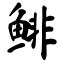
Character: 鲱